Vaccination in the Punjab 1867-1880 - 1867-1880
Year: 1867
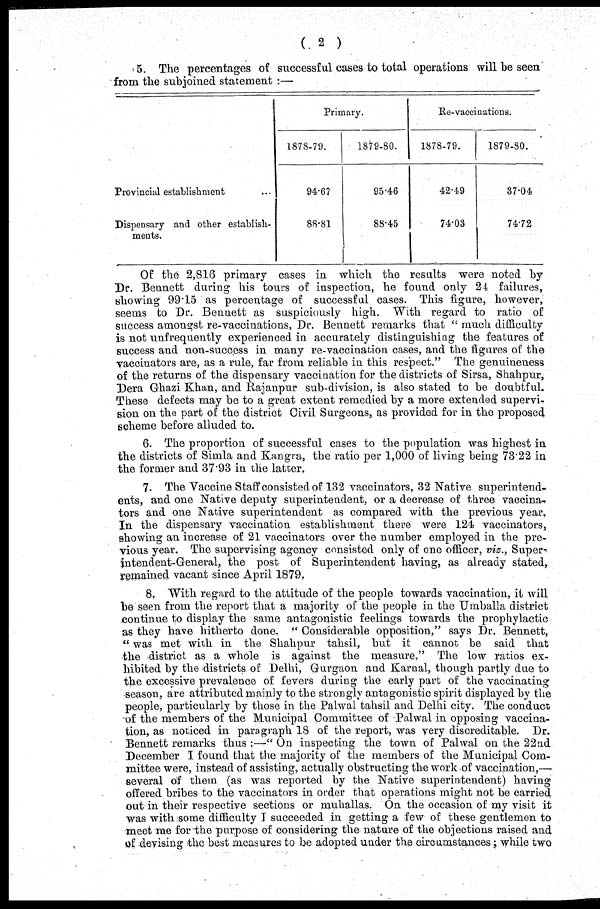
( 2 )
5. The percentages of successful cases to total operations will be seen
from the subjoined statement :—
Provincial establishment ...
Dispensary and other establish-
ments.
Primary.
1878-79.
94.67
88.81
1879-80.
95.46
88.45
Re-vaccinations.
1878-79.
42.49
74.03
1879-80.
87.04
74.72
Of the 2,816 primary cases in which the results were noted by
Dr. Bennett during his tours of inspection, he found only 24 failures,
showing 99.15 as percentage of successful cases. This figure, however,
seems to Dr. Bennett as suspiciously high. With regard to ratio of
success amongst re-vaccinations, Dr. Bennett remarks that " much difficulty
is not unfrequently experienced in accurately distinguishing the features of
success and non-success in many re-vaccination cases, and the figures of the
vacciuators are, as a rule, far from reliable in this respect." The genuineness
of the returns of the dispensary vaccination for the districts of Sirsa, Shahpur,
Dera Ghazi Khan, and Rajanpur sub-division, is also stated to be doubtful.
These defects may be to a great extent remedied by a more extended supervi-
sion on the part of the district Civil Surgeons, as provided for in the proposed
scheme before alluded to.
6. The proportion of successful cases to the population was highest in
the districts of Simla and Kangra, the ratio per 1,000 of living being 73.22 in
the former and 37.93 in the latter.
7. The Vaccine Staff consisted of 132 vaccinators, 32 Native superintend-
ents, and one Native deputy superintendent, or a decrease of three vaccina-
tors and one Native superintendent as compared with the previous year.
In the dispensary vaccination establishment there were 124 vaccinators,
showing an increase of 21 vaccinators over the number employed in the pre-
vious year. The supervising agency consisted only of one officer, viz., Super-
intendent-General, the post of Superintendent having, as already stated,
remained vacant since April 1879.
8. With regard to the attitude of the people towards vaccination, it will
be seen from the report that a majority of the people in the Umballa district
continue to display the same antagonistic feelings towards the prophylactic
as they have hitherto done. " Considerable opposition," says Dr. Bennett,
" was met with in the Shahpur tahsil, but it cannot be said that
the district as a whole is against the measure." The low ratios ex-
hibited by the districts of Delhi, Gurgaon and Karnal, though partly due to
the excessive prevalence of fevers during the early part of the vaccinating
season, are attributed mainly to the strongly antagonistic spirit displayed by the
people, particularly by those in the Palwal tahsil and Delhi city. The conduct
of the members of the Municipal Committee of Palwal in opposing vaccina-
tion, as noticed in paragraph 18 of the report, was very discreditable. Dr.
Bennett remarks thus :—" On inspecting the town of Palwal on the 22nd
December I found that the majority of the members of the Municipal Com-
mittee were, instead of assisting, actually obstructing the work of vaccination,—
several of them (as was reported by the Native superintendent) having
offered bribes to the vaccinators in order that operations might not be carried
out in their respective sections or muhallas. On the occasion of my visit it
was with some difficulty I succeeded in getting a few of these gentlemen to
meet me for the purpose of considering the nature of the objections raised and
of devising the best measures to be adopted under the circumstances; while two